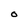
Character: O